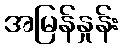
အမြန်နှုန်း